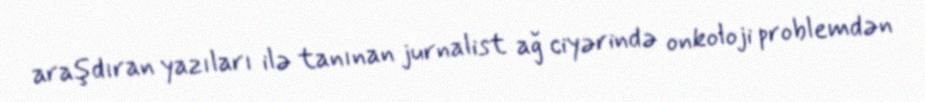
araşdıran yazıları ilə tanınan jurnalist ağ ciyərində onkoloji problemdən